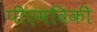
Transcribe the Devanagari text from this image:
पीएमविकी